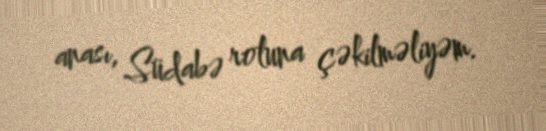
anası, Südabə roluna çəkilməliyəm.